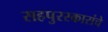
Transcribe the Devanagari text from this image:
सहपुरस्कारांचे